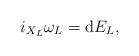
LaTeX: \begin{gather*} i _{ X _L } \omega _L = \mathrm{d} E _L ,\end{gather*}